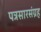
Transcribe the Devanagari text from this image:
पत्रसारसंग्रह